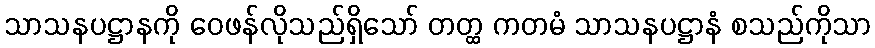
သာသနပဋ္ဌာနကို ဝေဖန်လိုသည်ရှိသော် တတ္ထ ကတမံ သာသနပဋ္ဌာနံ စသည်ကိုသာ